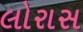
લોરાસ